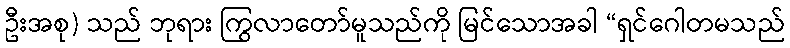
ဦးအစု) သည် ဘုရား ကြွလာတော်မူသည်ကို မြင်သောအခါ “ရှင်ဂေါတမသည်